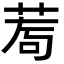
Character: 𦰅